Vaccination in Bombay 1863-1868 - 1863-1868
Year: 1863
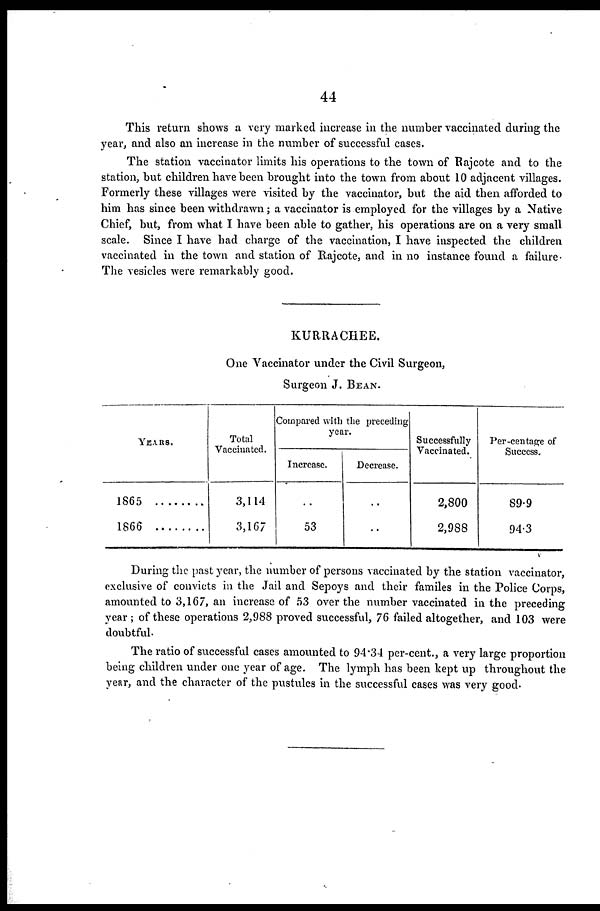
44
This return shows a very marked increase in the number vaccinated during the
year, and also an increase in the number of successful cases.
The station vaccinator limits his operations to the town of Rajcote and to the
station, but children have been brought into the town from about 10 adjacent villages.
Formerly these villages were visited by the vaccinator, but the aid then afforded to
him has since been withdrawn; a vaccinator is employed for the villages by a Native
Chief, but, from what I have been able to gather, his operations are on a very small
scale. Since I have had charge of the vaccination, I have inspected the children
vaccinated in the town and station of Rajcote, and in no instance found a failure.
The vesicles were remarkably good.
KURRACHEE.
One Vaccinator under the Civil Surgeon,
Surgeon J. BEAN.
YEARS.
1865. . . . . . . .
1866 . . . . . . . .
Total
Vaccinated.
3,114
3,167
Compared with the preceding
year.
Increase.
..
53
Decrease.
..
..
Successfully
Vaccinated.
2,800
2,988
Per-centage of
Success.
89.9
94.3
During the past year, the number of persons vaccinated by the station vaccinator,
exclusive of convicts in the Jail and Sepoys and their familes in the Police Corps,
amounted to 3,167, an increase of 53 over the number vaccinated in the preceding
year; of these operations 2,988 proved successful, 76 failed altogether, and 103 were
doubtful.
The ratio of successful cases amounted to 94.34 per-cent., a very large proportion
being children under one year of age. The lymph has been kept up throughout the
year, and the character of the pustules in the successful cases was very good.